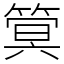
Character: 䈿